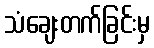
သံချေးတက်ခြင်းမှ